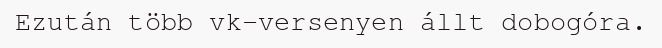
Ezután több vk-versenyen állt dobogóra.